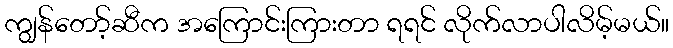
ကျွန်တော့်ဆီက အကြောင်းကြားတာ ရရင် လိုက်လာပါလိမ့်မယ်။